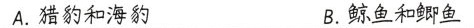
A.猎豹和海豹 B.鲸鱼和鲫鱼